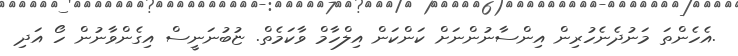
.އެހެންތަ މަނުދެނެހުރިން އިންސާނުންނަށް ކަންކަން އިލްހާމް ވާކަމެތް. ޏުބުނަނީސް އިގެންވާނުން ހޯ އަދި